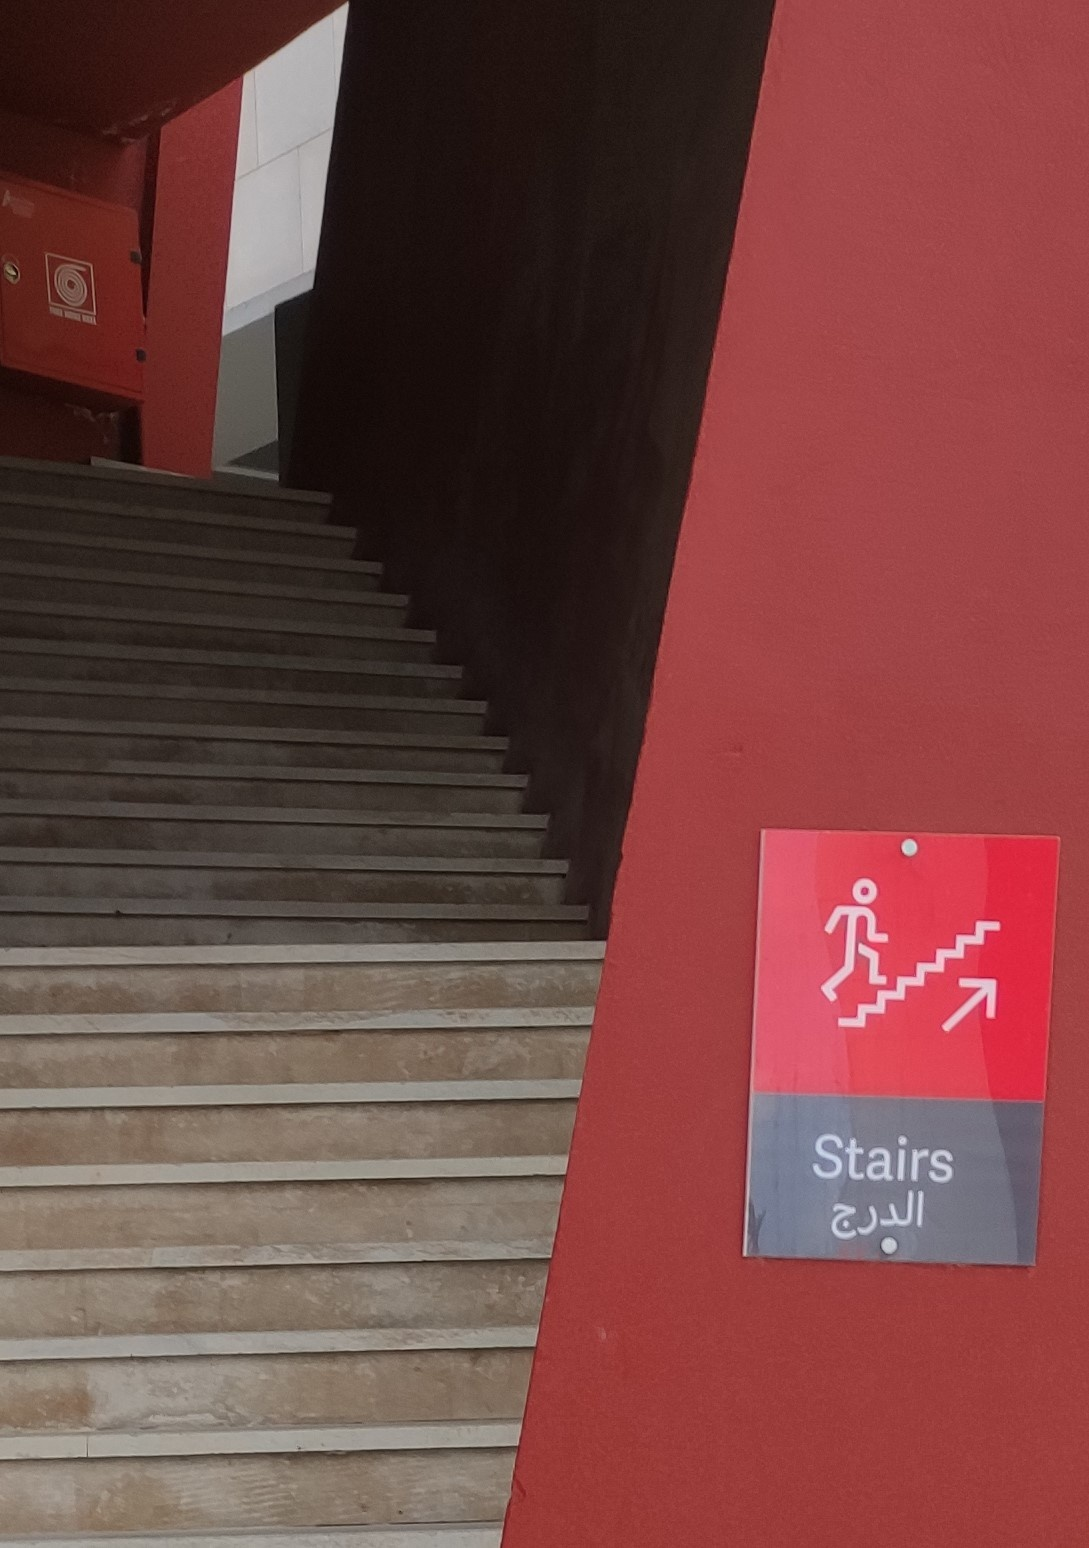
Text in image: الدرج Stairs